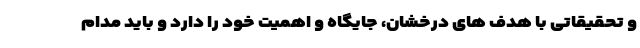
و تحقیقاتی با هدف های درخشان، جایگاه و اهمیت خود را دارد و باید مدام